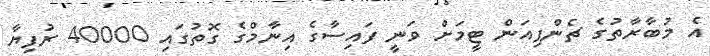
އެ މުބާރާތުގެ ޗެންޕިއަން ޓީމަށް ވަނީ ފައިސާގެ އިނާމްގެ ގޮތުގައި 40000 ރުފިޔާ